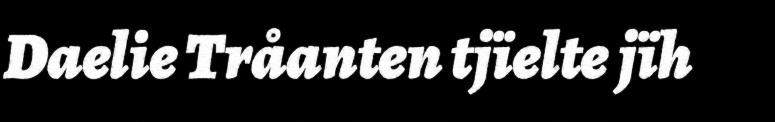
Daelie Tråanten tjïelte jïh